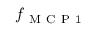
f _ { \mathrm { ~ M ~ C ~ P ~ 1 ~ } }